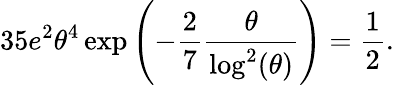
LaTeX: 35e^{2}\theta^{4}\exp\left(-\frac{2}{7}\frac{\theta}{\log^{2}(\theta)}\right)=\frac{1}{2}.